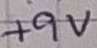
Text: +9V